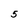
Character: 5